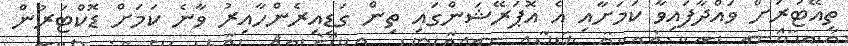
ތިއޭޓަރަށް ވައްދާފައިވާ ކަމަށާއި އެ އޮޕަރޭޝަންގައި ތިން ގަޑިއިރެންހާއިރު ވާނެ ކަމަށް ޑޮކްޓަރުން